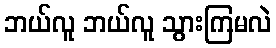
ဘယ်လူ ဘယ်လူ သွားကြမလဲ